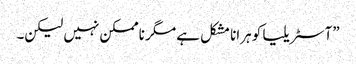
”آسٹریلیا کو ہرانا مشکل ہے مگر ناممکن نہیں لیکن۔